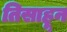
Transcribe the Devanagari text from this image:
तिसाहून